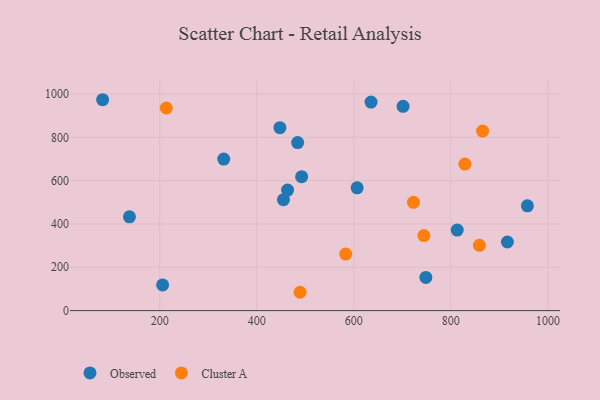
{"axis": {"x": "Investment", "y": "Fuel Efficiency"}, "legend": ["Cluster A", "Observed"], "data": [{"x": "492.5", "y": 618.3, "type": "Observed"}, {"x": "331.9", "y": 699.9, "type": "Observed"}, {"x": "447.7", "y": 844.5, "type": "Observed"}, {"x": "957.7", "y": 484.0, "type": "Observed"}, {"x": "813.1", "y": 371.8, "type": "Observed"}, {"x": "455.0", "y": 512.0, "type": "Observed"}, {"x": "748.5", "y": 153.1, "type": "Observed"}, {"x": "82.3", "y": 973.8, "type": "Observed"}, {"x": "606.8", "y": 566.8, "type": "Observed"}, {"x": "916.5", "y": 316.8, "type": "Observed"}, {"x": "205.9", "y": 118.6, "type": "Observed"}, {"x": "463.5", "y": 556.4, "type": "Observed"}, {"x": "484.2", "y": 775.7, "type": "Observed"}, {"x": "701.5", "y": 943.4, "type": "Observed"}, {"x": "137.6", "y": 433.1, "type": "Observed"}, {"x": "635.5", "y": 963.1, "type": "Observed"}, {"x": "828.9", "y": 676.4, "type": "Cluster A"}, {"x": "583.3", "y": 261.1, "type": "Cluster A"}, {"x": "489.2", "y": 84.6, "type": "Cluster A"}, {"x": "865.3", "y": 828.9, "type": "Cluster A"}, {"x": "722.9", "y": 500.2, "type": "Cluster A"}, {"x": "858.8", "y": 301.3, "type": "Cluster A"}, {"x": "744.4", "y": 346.3, "type": "Cluster A"}, {"x": "213.5", "y": 935.6, "type": "Cluster A"}]}